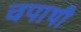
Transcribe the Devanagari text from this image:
चपाथी